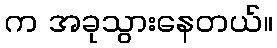
က အခုသွားနေတယ်။